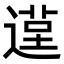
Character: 𨕸